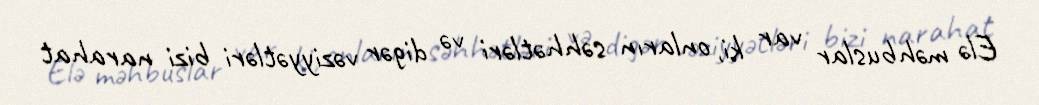
Elə məhbuslar var ki, onların səhhətləri və digər vəziyyətləri bizi narahat